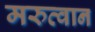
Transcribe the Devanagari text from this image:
मरुत्वान